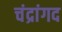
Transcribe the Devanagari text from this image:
चंद्रांगद